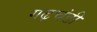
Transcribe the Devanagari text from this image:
गढ़चंडी